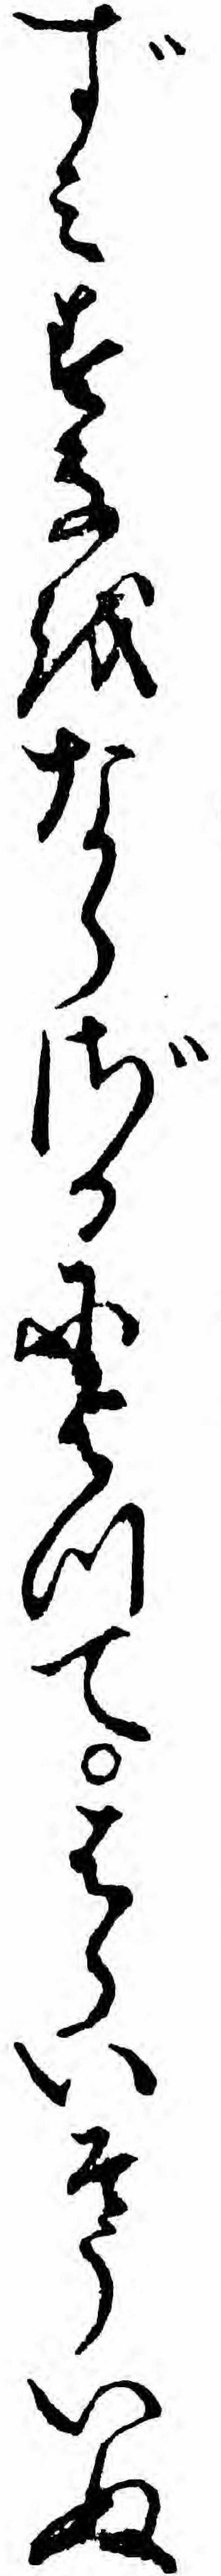
ずミすなをならざるによつてはらいそういぬ